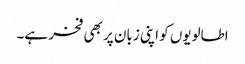
اطالویوں کو اپنی زبان پر بھی فخر ہے۔